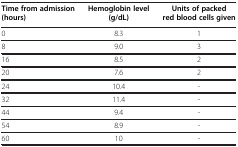
<table><thead><tr><td><b>Time from admission(hours)</b></td><td><b>Hemoglobin level(g/dL)</b></td><td><b>Units of packed red blood cells given</b></td></tr></thead><tbody><tr><td>0</td><td>8.3</td><td>1</td></tr><tr><td>8</td><td>9.0</td><td>3</td></tr><tr><td>16</td><td>8.5</td><td>2</td></tr><tr><td>20</td><td>7.6</td><td>2</td></tr><tr><td>24</td><td>10.4</td><td>-</td></tr><tr><td>32</td><td>11.4</td><td>-</td></tr><tr><td>44</td><td>9.4</td><td>-</td></tr><tr><td>54</td><td>8.9</td><td>-</td></tr><tr><td>60</td><td>10</td><td>-</td></tr></tbody></table>